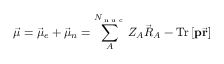
\vec { \mu } = \vec { \mu } _ { e } + \vec { \mu } _ { n } = \sum _ { A } ^ { N _ { \textrm { n u c } } } Z _ { A } \vec { R } _ { A } - \mathrm { T r } \left[ \mathbf { p } \vec { \mathbf { r } } \right]